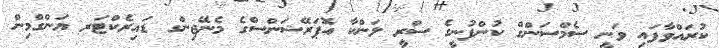
ކުރައްވާފައި ވަނީ ސެމްސަންގް ކުންފުނީގެ ސްރީ ލަންކާ އޮޕަރޭޝަންސްގެ މެނޭޖިންގ ޑައިރެކްޓަރ ޔަންގްމިން